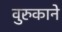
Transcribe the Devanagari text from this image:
वुरुकाने